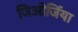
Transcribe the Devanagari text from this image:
जिओर्जिया